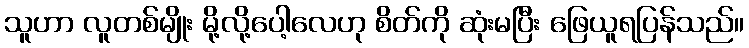
သူဟာ လူတစ်မျိုး မို့လို့ပေါ့လေဟု စိတ်ကို ဆုံးမပြီး ဖြေယူရပြန်သည်။